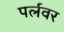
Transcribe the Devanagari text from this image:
पर्लवर